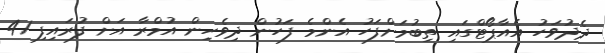
ދެދުވަހު އެއާޕޯޓްގައި ތިބުމަށްފަހު އެންމެ ފަހުން ދިވެހިން އުމްރާ އަށް ފުރައިފި 41